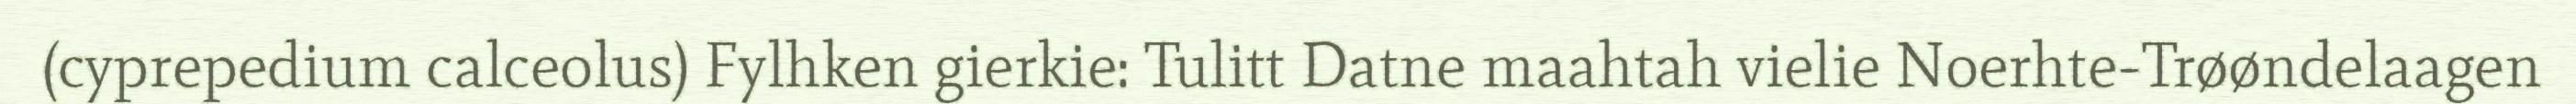
(cyprepedium calceolus) Fylhken gierkie: Tulitt Datne maahtah vielie Noerhte-Trøøndelaagen